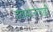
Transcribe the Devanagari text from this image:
हवामानाचाही